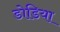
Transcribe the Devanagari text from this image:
डोडिया